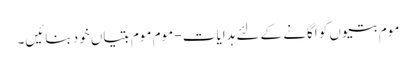
موم بتیوں کو اگانے کے لئے ہدایات - موم موم بتیاں خود بنائیں۔